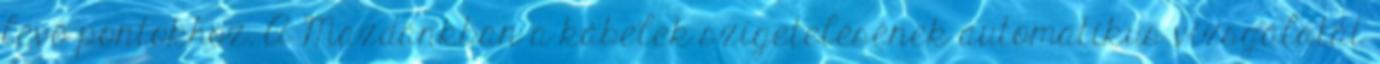
lévő pontokhoz. A Mazdánkban a kábelek szigetelésének automatikus vizsgálatát